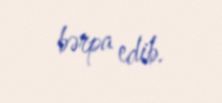
bərpa edib.